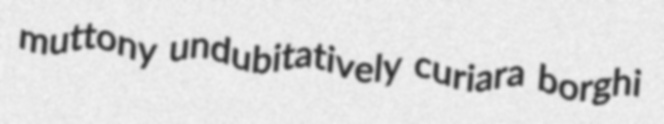
muttony undubitatively curiara borghi